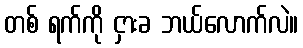
တစ် ရက်ကို ငှားခ ဘယ်လောက်လဲ။